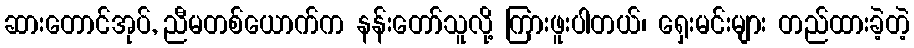
ဆားတောင်အုပ်, ညီမတစ်ယောက်က နန်းတော်သူလို့ ကြားဖူးပါတယ်၊ ရှေးမင်းများ တည်ထားခဲ့တဲ့